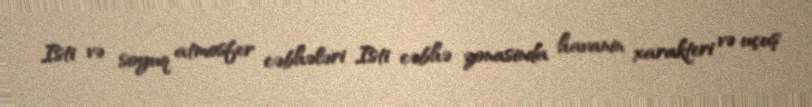
Isti və soyuq atmosfer cəbhələri Isti cəbhə zonasinda havanin xarakteri və uçuş